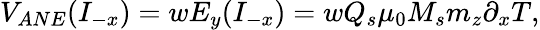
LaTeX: V_{ANE}(I_{-x})=wE_{y}(I_{-x})=wQ_{s}\mu_{0}M_{s}m_{z}\partial_{x}T,